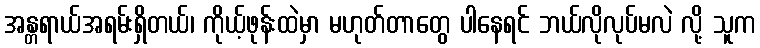
အန္တရာယ်အရမ်းရှိတယ်၊ ကိုယ့်ဖုန်းထဲမှာ မဟုတ်တာတွေ ပါနေရင် ဘယ်လိုလုပ်မလဲ လို့ သူက